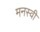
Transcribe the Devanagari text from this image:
मनस्‍वी